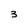
Character: 3